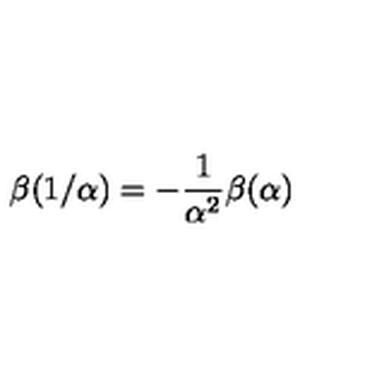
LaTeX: \beta ( 1 / \alpha ) = - \frac { 1 } { \alpha ^ { 2 } } \beta ( \alpha )